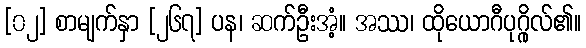
[၀၂] စာမျက်နှာ [၂၆၇] ပန၊ ဆက်ဦးအံ့။ အဿ၊ ထိုယောဂီပုဂ္ဂိုလ်၏။